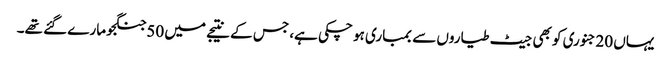
یہاں 20جنوری کو بھی جیٹ طیاروں سے بمباری ہو چکی ہے، جس کے نتیجے میں 50جنگجو مارے گئے تھے۔